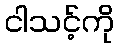
ငါသင့်ကို